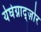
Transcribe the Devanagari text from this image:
येघेग्नाद्ज़ोर